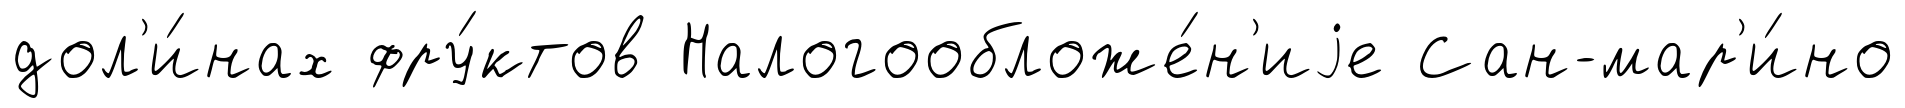
дол'и́нах фру́ктов Налогообложе́н'иjе Сан-мар'и́но